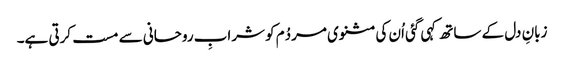
زبانِ دل کے ساتھ کہی گئی اُن کی مثنوی مردُم کو شرابِ روحانی سے مست کرتی ہے۔